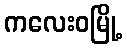
ကလေးဝမြို့